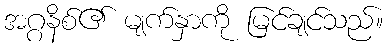
အဂ္ဂနိစ်၏ မျက်နှာကို မြင်ချင်သည်။